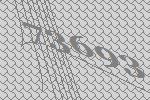
73693